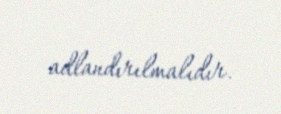
adlandırılmalıdır.